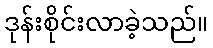
ဒုန်းစိုင်းလာခဲ့သည်။